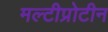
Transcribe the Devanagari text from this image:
मल्टीप्रोटीन